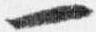
一